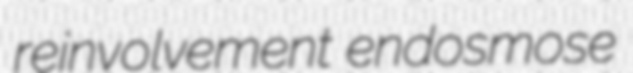
reinvolvement endosmose